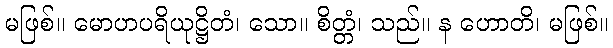
မဖြစ်။ မောဟပရိယုဋ္ဌိတံ၊ သော။ စိတ္တံ၊ သည်။ န ဟောတိ၊ မဖြစ်။